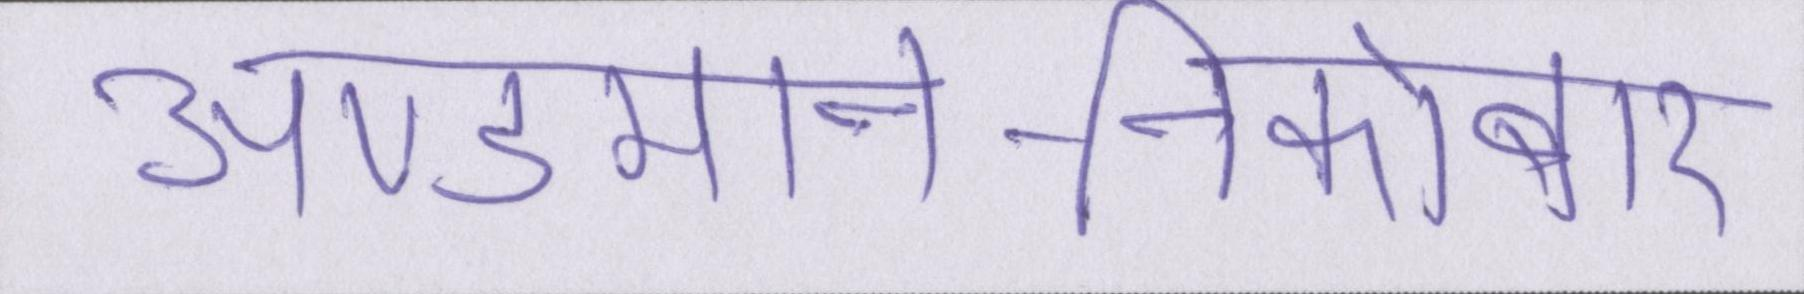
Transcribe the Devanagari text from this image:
अण्डमान-निकोबार